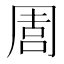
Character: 𠵁